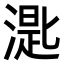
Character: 𣼮